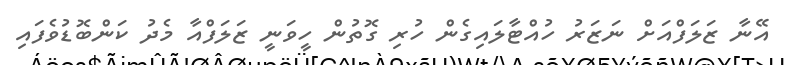
އޭނާ ޒަލަފްއަށް ނަޒަރު ހުއްޓާލައިގެން ހުރި ގޮތުން ހީވަނީ ޒަލަފްއާ މެދު ކަންބޮޑުވެފައި